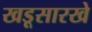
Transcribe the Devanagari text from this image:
खडूसारखे